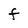
Character: f